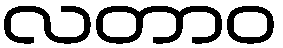
လတာဝ